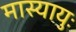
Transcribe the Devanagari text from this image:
मास्यायुः